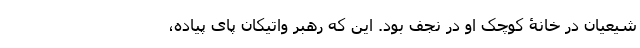
شیعیان در خانۀ کوچک او در نجف بود. این که رهبر واتیکان پای پیاده،